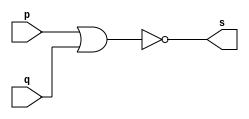
// ------------------------- 
// Exemplo0007 - nor 
// Nome: Oswaldo Oliveira Paulino
// ------------------------- 

// --------------------- 
// -- nor gate 
// --------------------- 

module norgate (output s, input p, input q); 
	assign s = ~(p | q); 
endmodule // nor

// --------------------- 
// -- test norgate 
// --------------------- 

module testnorgate; 

// ------------------------- dados locais 
	reg a,b; // definir registrador 
	wire s; // definir conexao (fio) 
	
// ------------------------- instancia 
norgate NOR1 (s, a, b); 

// ------------------------- preparacao 
initial begin:start 
	a=0;
	b=0;
end 

// ------------------------- parte principal 
initial begin:main 
	$display("Exemplo0006 - Oswaldo Oliveira Paulino - 382175"); 
	$display("Test nor gate"); 
	$display("\n a' & b' = s\n"); 
	$monitor("%b & %b = %b", a, b, s); 
	#1 a=0; b=0; 
	#1 a=0; b=1; 
	#1 a=1; b=0; 
	#1 a=1; b=1; 
end 

endmodule // testnorgate 

// ------------------------------ documentacao complementar
/*
    Exemplo0007 - Oswaldo Oliveira Paulino - 382175
    Test nor gate
    
    a' & b' = s
    
    0 & 0 = 1
    0 & 1 = 0
    1 & 0 = 0
    1 & 1 = 0
*/